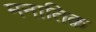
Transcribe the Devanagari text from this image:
मनातिक़